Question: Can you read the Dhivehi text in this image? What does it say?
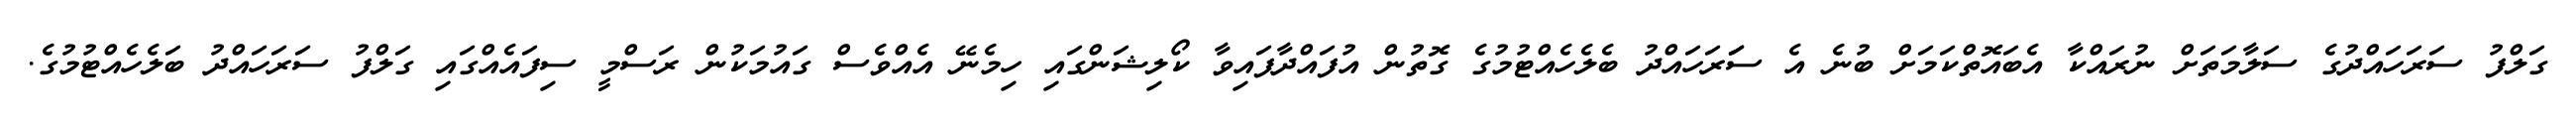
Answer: ގަލްފު ސަރަހައްދުގެ ސަލާމަތަށް ނުރައްކާ އެބައޮތްކަމަށް ބުނެ އެ ސަަރަހައްދު ބެލެހެއްޓުމުގެ ގޮތުން އުފައްދާފައިވާ ކޯލިޝަންގައި ހިމެނޭ އެއްވެސް ގައުމަކުން ރަސްމީ ސިފައެއްގައި ގަލްފު ސަރަހައްދު ބަލެހެއްޓުމުގެ.